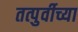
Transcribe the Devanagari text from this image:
तत्पुर्वीच्या